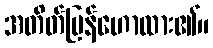
အတိတ်ပြန်ဟောထား၏။